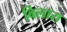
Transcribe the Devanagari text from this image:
बिलारा